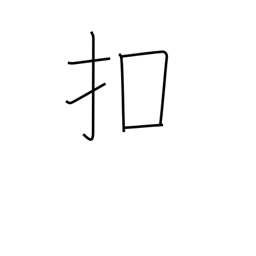
Meaning: tap